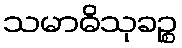
သမာဓိသုခဉ္စ